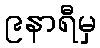
၉နာရီမှ